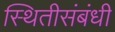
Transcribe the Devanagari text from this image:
स्थितीसंबंधी